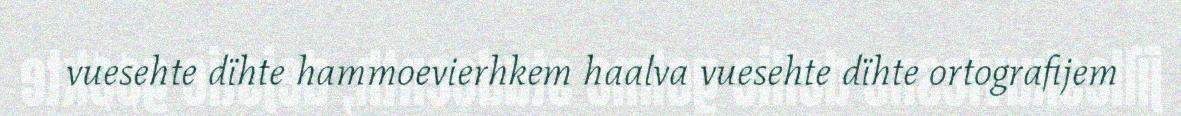
vuesehte dïhte hammoevierhkem haalva vuesehte dïhte ortografijem